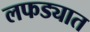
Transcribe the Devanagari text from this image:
लफड्यात